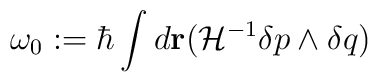
\omega_0:= \hbar\int d{\bf r}({\cal H}^{-1}\delta p\wedge  \delta q)